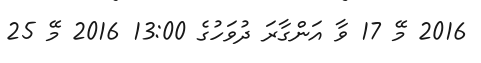
2016 މޭ 17 ވާ އަންގާރަ ދުވަހުގެ 13:00 2016 މޭ 25